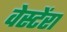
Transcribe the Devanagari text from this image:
वेस्टेंरा